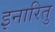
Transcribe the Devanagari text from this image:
इनारितु